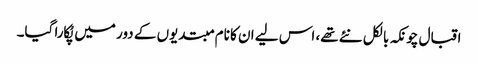
اقبال چونکہ بالکل نئے تھے، اس لیے ان کا نام مبتدیوں کے دور میں پُکارا گیا۔